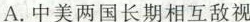
A.中美两国长期相互敌视